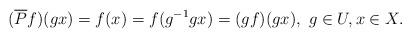
LaTeX: \begin{align*}(\overline{P}f)(gx)=f(x)=f(g^{-1}gx)=(gf)(gx),~g\in U,x\in X.\end{align*}